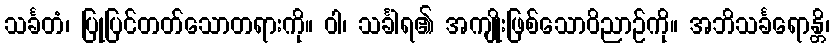
သင်္ခတံ၊ ပြုပြင်တတ်သောတရားကို။ ဝါ၊ သင်္ခါရ၏ အကျိုးဖြစ်သောဝိညာဉ်ကို။ အဘိသင်္ခရောန္တိ၊